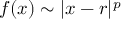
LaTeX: f ( x ) \sim | x - r | ^ { p }